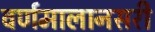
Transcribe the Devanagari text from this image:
वर्णमालानसरी